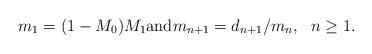
LaTeX: \begin{align*} m_1 = (1-M_0)M_{1} \mbox{and} m_{n+1} = d_{n+1}/m_{n}, \ \ n \geq 1.\end{align*}